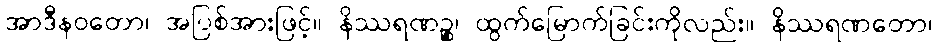
အာဒီနဝတော၊ အပြစ်အားဖြင့်။ နိဿရဏဉ္စ၊ ထွက်မြောက်ခြင်းကိုလည်း။ နိဿရဏတော၊